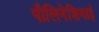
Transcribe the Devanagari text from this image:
पौलिनेशियाई